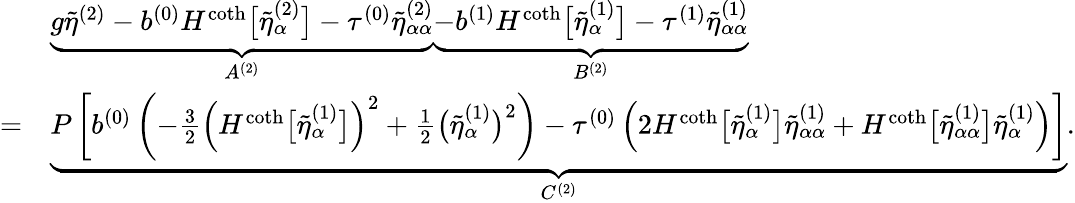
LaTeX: \begin{array}{rl}&{\underbrace{g\tilde{\eta}^{(2)}-b^{(0)}H^{\coth}\big[\tilde{\eta}_{\alpha}^{(2)}\big]-\tau^{(0)}\tilde{\eta}_{\alpha\alpha}^{(2)}}_{A^{(2)}}\underbrace{-b^{(1)}H^{\coth}\big[\tilde{\eta}_{\alpha}^{(1)}\big]-\tau^{(1)}\tilde{\eta}_{\alpha\alpha}^{(1)}}_{B^{(2)}}}\\ {=}&{\underbrace{P\left[b^{(0)}\left(-\frac{3}{2}\left(H^{\coth}\big[\tilde{\eta}_{\alpha}^{(1)}\big]\right)^{2}+\frac{1}{2}\big(\tilde{\eta}_{\alpha}^{(1)}\big)^{2}\right)-\tau^{(0)}\left(2H^{\coth}\big[\tilde{\eta}_{\alpha}^{(1)}\big]\tilde{\eta}_{\alpha\alpha}^{(1)}+H^{\coth}\big[\tilde{\eta}_{\alpha\alpha}^{(1)}\big]\tilde{\eta}_{\alpha}^{(1)}\right)\right]}_{C^{(2)}}.}\end{array}